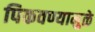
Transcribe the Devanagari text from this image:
पिकवण्यामुळे